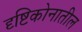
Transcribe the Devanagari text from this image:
दृष्टिकोनातील